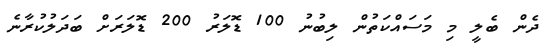
ދެން ބެލީ މި މަސައްކަތުން ލިބުނު 100 ޑޮލަރު 200 ޑޮލަރަށް ބަދަލުކުރާނެ